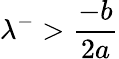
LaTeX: \lambda^{-}>\frac{-b}{2a}